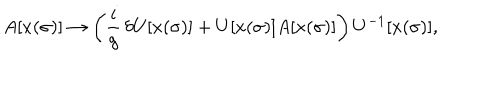
A [ x ( \sigma ) ] \rightarrow \left( \frac { i } { g } \, \delta U [ x ( \sigma ) ] + U [ x ( \sigma ) ] A [ x ( \sigma ) ] \right) U ^ { - 1 } [ x ( \sigma ) ] ,